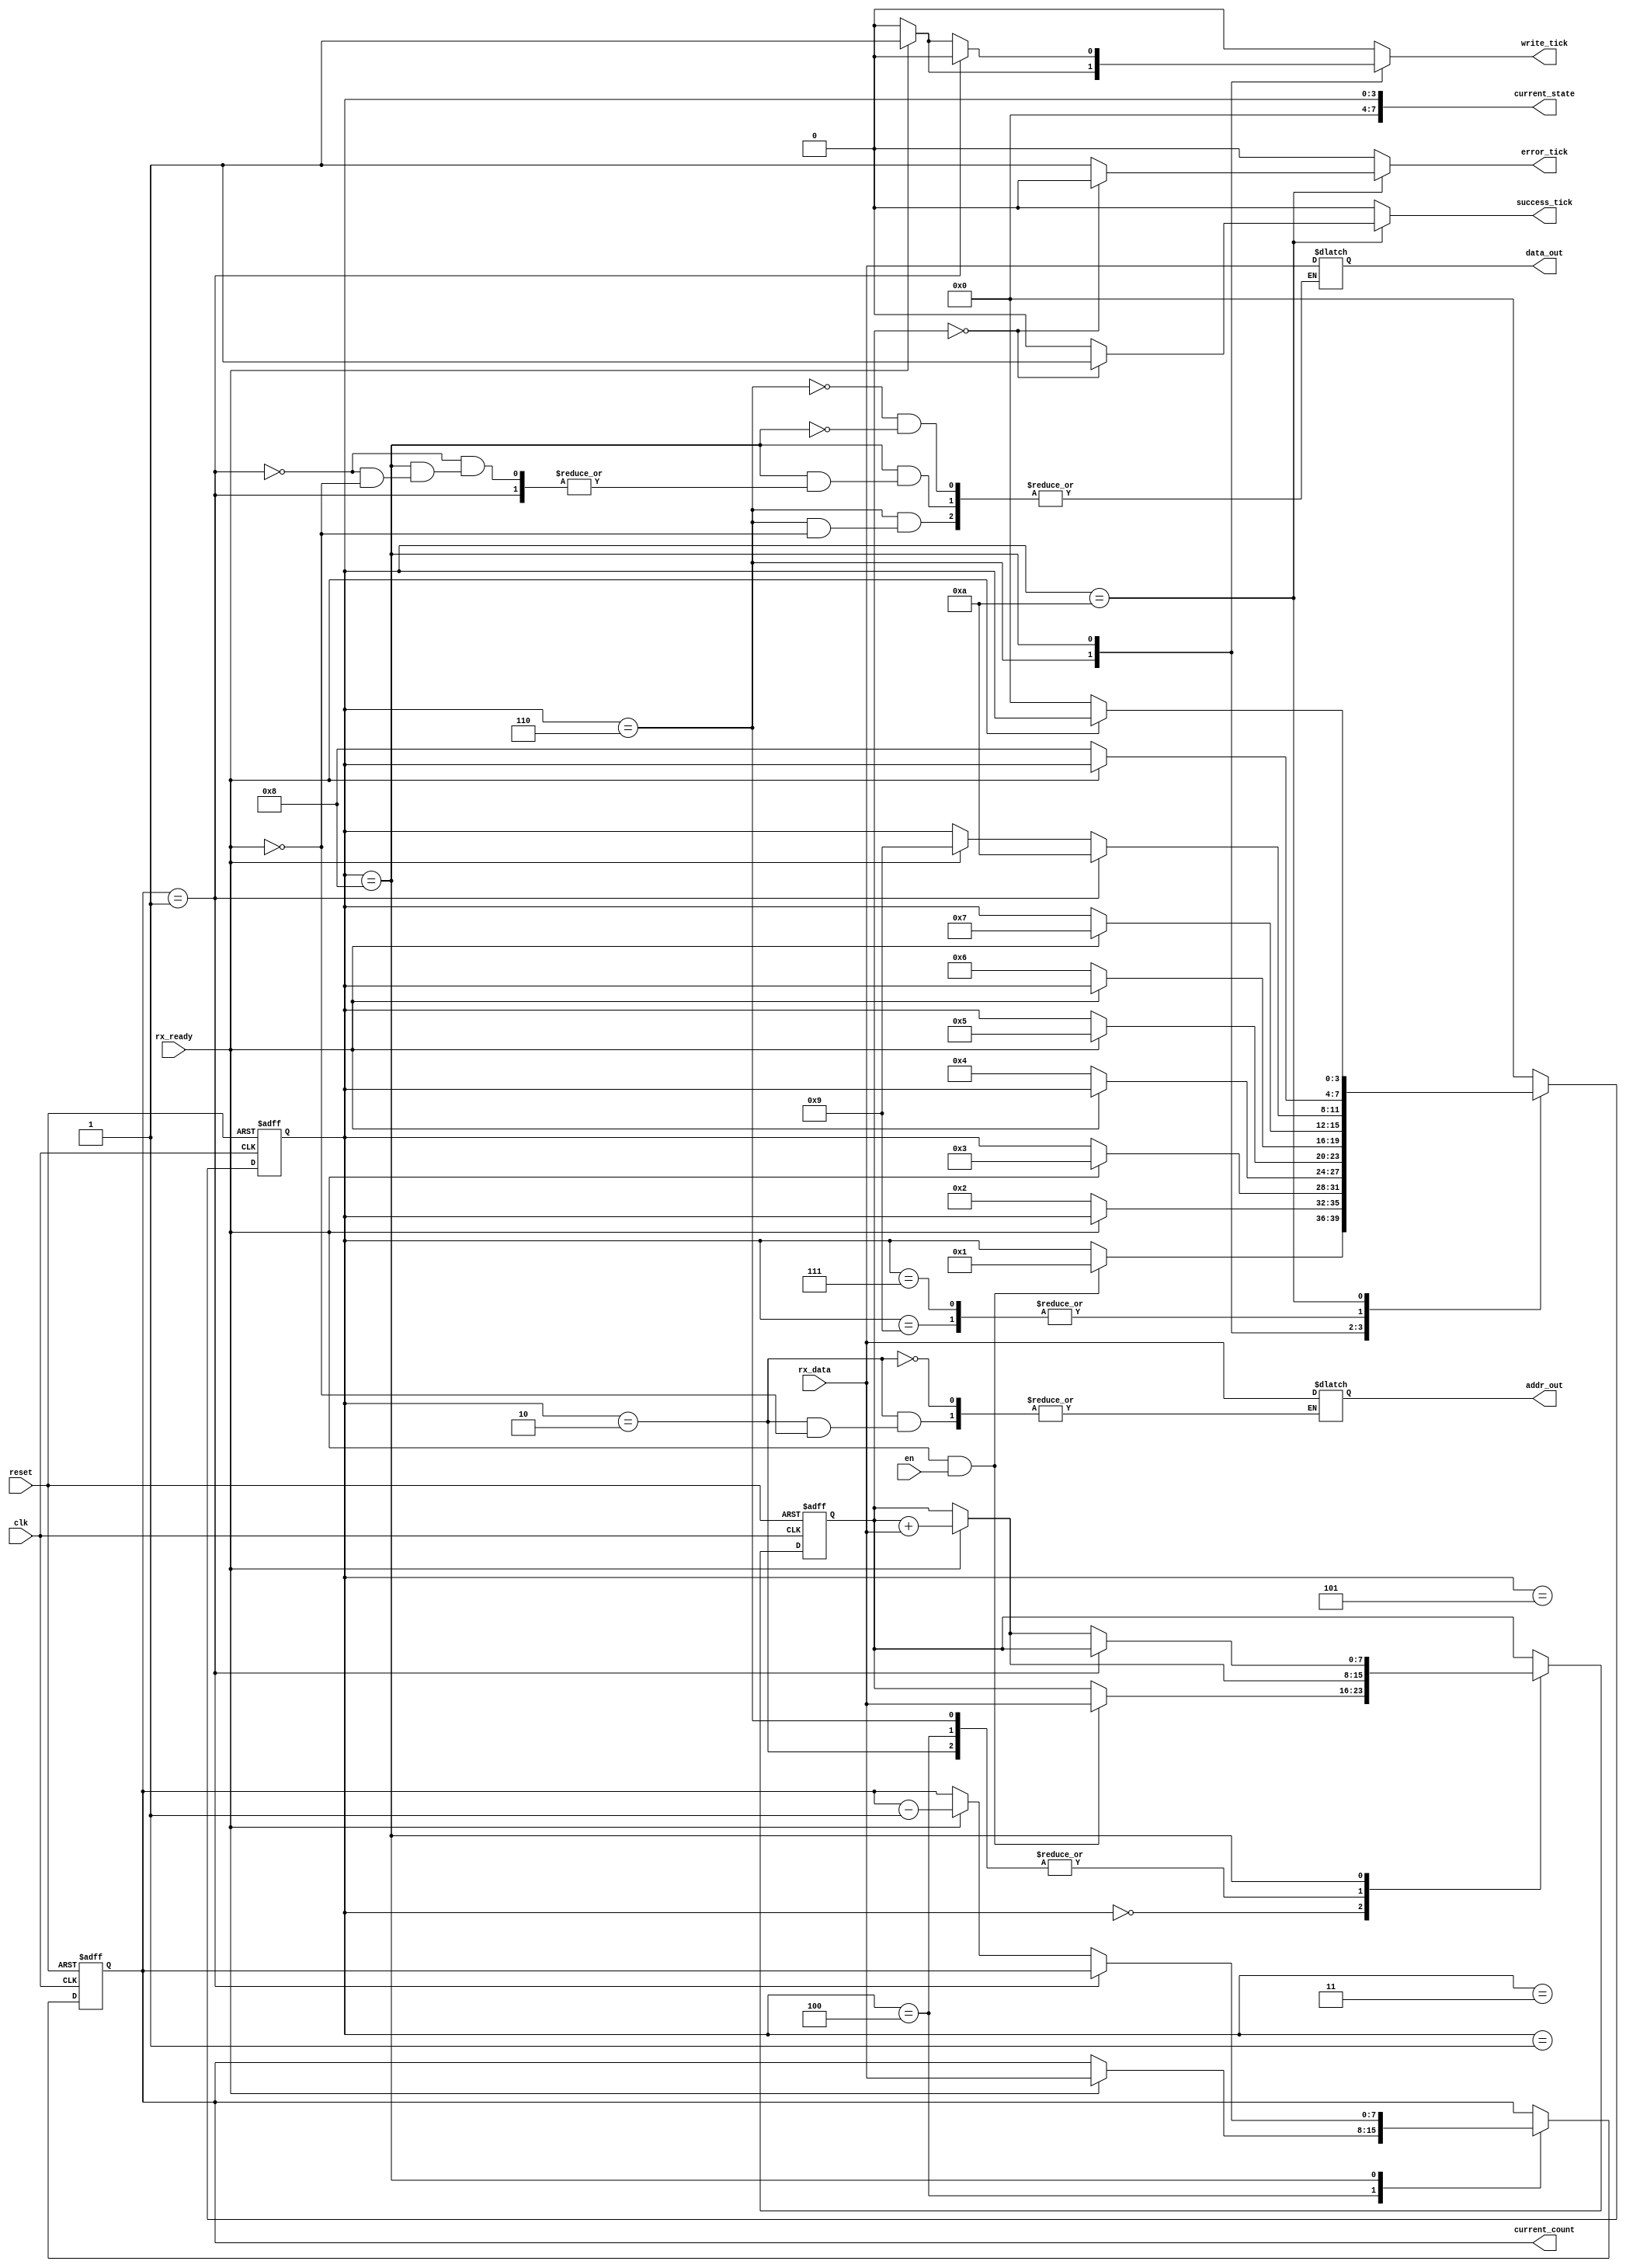
`timescale 1ns / 1ps
//////////////////////////////////////////////////////////////////////////////////
// Company: 
// 
// Design Name: 
// Module Name:    packet_demux 
// Project Name: 
// Target Devices: 
// Tool versions: 
// Description: 
// Decodes incoming UART signals and demuxes them into addr/data lines.
// This is a simple state machine which translates the checksum, count, address, and data for each packet sent from the pc.
// Packet Format: 
//   1 byte checksum | 1 byte address | 1 byte count | (count + 1) data bytes
//
// Dependencies: 
//
// Revision: 
// Revision 0.01 - File Created
// Additional Comments: 
//
//////////////////////////////////////////////////////////////////////////////////
module packet_demux(
input clk, input reset, input en,
input rx_ready, input [7:0] rx_data, 
output reg [7:0] data_out, 
output reg [7:0] addr_out, output reg write_tick, 
output reg error_tick, output reg success_tick,
output wire [7:0] current_state, current_count
    );

   // symbolic state declaration
   localparam  [3:0]
               idle  = 4'b0000,
					idle2 = 4'b0001,
               checksum = 4'b0010,
					checksum2 = 4'b0011,
               address   = 4'b0100,
					address2 = 4'b0101,
               count = 4'b0110,
					count2 = 4'b0111,
					data = 4'b1000,
					data2 = 4'b1001,
					validate = 4'b1010;


   // signal declaration
   reg [3:0] state_reg, state_next;
	
	reg [7:0] checksum_reg, checksum_next, count_reg, count_next, address_reg;

   // body
   // fsmd state & data registers
    always @(posedge clk, posedge reset)
       if (reset)
          begin
             state_reg <= idle;
				 count_reg <= 8'd0;
				 checksum_reg <= 8'd0;
          end
       else
          begin
             state_reg <= state_next;
				 count_reg <= count_next;
				 checksum_reg <= checksum_next;
          end
			 

   // FSMD control path next-state logic
   always @*
   begin
		state_next = state_reg; 
		count_next = count_reg;
		checksum_next = checksum_reg;
		write_tick = 1'b0;			 
		success_tick = 1'b0;
		error_tick = 1'b0;

      case (state_reg)
         idle:
            begin
               if (rx_ready && en) //only starting idle once enable is held high
                  begin
                     state_next = idle2;
                     checksum_next = rx_data;
							$display ("state = idle"); 
                  end
            end
			idle2:
				begin
					if(!rx_ready)
						state_next = checksum;
				end
         checksum:
            begin
               if (rx_ready)
                  begin
                     state_next = checksum2;
							addr_out = rx_data;
                     checksum_next = checksum_reg + rx_data;
							$display ("state = checksum");
                  end
            end
			checksum2:
				begin
					if(!rx_ready)
						state_next = address;
				end
         address:
            begin
               if (rx_ready)
                  begin
                     state_next = address2;
							count_next = rx_data;
                     checksum_next = checksum_reg + rx_data;
							$display ("state = address");
                  end
            end
			address2:
				begin
					if(!rx_ready)
						state_next = count;
				end
         count:
            begin
               if (rx_ready)
                  begin
                     state_next = count2;
							data_out = rx_data;
							write_tick = 1'b1;
                     checksum_next = checksum_reg + rx_data;
							$display ("state = count");
                  end
            end
			count2:
				begin
					if(!rx_ready)
						state_next = data;
				end
			data:
            begin
					
					if (count_reg == 1)
						begin
							state_next = validate;
						end
					else
               if (rx_ready)
                  begin
							$display ("state = data");
                     state_next = data2;
							data_out = rx_data;
							write_tick = 1'b1;
							count_next = count_reg - 1;
                     checksum_next = checksum_reg + rx_data;
							
                  end
            end
			data2:
				begin
					if(!rx_ready)
						state_next = data;
				end
			validate:
				begin
					$display ("state = validate");
					$display("checksum = %b", checksum_reg);
					if (checksum_reg == 0)
					begin
						success_tick = 1'b1;
					end
					else
					begin
						error_tick = 1'b1;
					end
					
					if(!rx_ready)
						state_next = idle;
					
				end
         default: state_next = idle;
      endcase
   end
	
	assign current_state = state_reg;
	assign current_count = count_reg;
endmodule